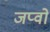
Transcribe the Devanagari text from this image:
जप्वो